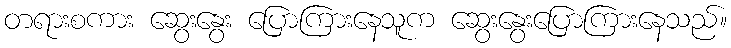
တရားစကား ဆွေးနွေး ပြောကြားနေသူက ဆွေးနွေးပြောကြားနေသည်။